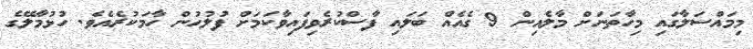
މިމައްސަލާގައި މިހާތަނަށް މާލެއިން 9 ގެއެއް ބަލައި ފާސްކުރެވިފައިވާކަމަށް ފުލުހުން ހާމަކުރެއެވެ. ހުޅުމާލޭގެ